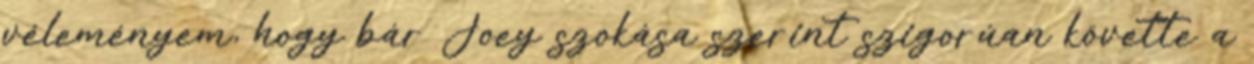
véleményem, hogy bár Joey szokása szerint szigorúan követte a